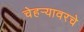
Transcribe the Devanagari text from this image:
चेहर्‍यावरचे